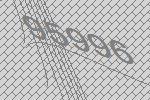
95996